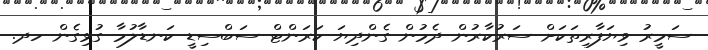
ސަމީރު ވިޔަފާރިތަކަށް ސަރުކާރުން ދެމުން ގެންދިޔަ ކަރަންޓް ސަބްސިޑީ ކަނޑާލުމާ ގުޅިގެން ހދ.